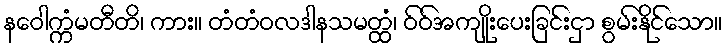
နဝေါက္ကံမတီတိ၊ ကား။ တံတံဝလဒါနသမတ္ထံ၊ ဝ်ဝ်အကျိုးပေးခြင်းငှာ စွမ်းနိုင်သော။